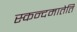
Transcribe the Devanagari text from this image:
स्कन्दमातेति